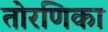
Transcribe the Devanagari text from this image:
तोरणिका